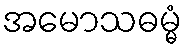
အမောသဓမ္မံ